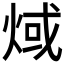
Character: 𤊨